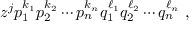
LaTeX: z ^ { j } p _ { 1 } ^ { k _ { 1 } } p _ { 2 } ^ { k _ { 2 } } \cdots p _ { n } ^ { k _ { n } } q _ { 1 } ^ { \ell _ { 1 } } q _ { 2 } ^ { \ell _ { 2 } } \cdots q _ { n } ^ { \ell _ { n } } ~ ,